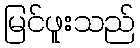
မြင်ဖူးသည်